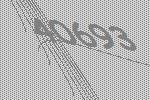
40693